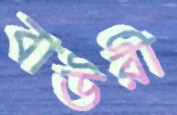
বাউরী